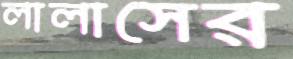
লালাসের